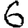
Digit: 6